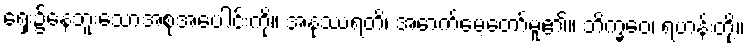
ရှေး၌နေဘူးသောအစုအပေါင်းကို။ အနုဿရတိ၊ အောက်မေ့တော်မူ၏။ ဘိက္ခဝေ၊ ရဟန်းတို့။